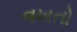
વખતો